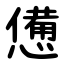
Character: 憊